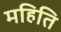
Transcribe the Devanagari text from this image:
महिति